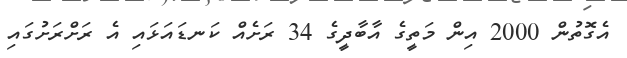
އެގޮތުން 2000 އިން މަތީގެ އާބާދީގެ 34 ރަށެއް ކަނޑައަޅައި އެ ރަށްރަށުގައި